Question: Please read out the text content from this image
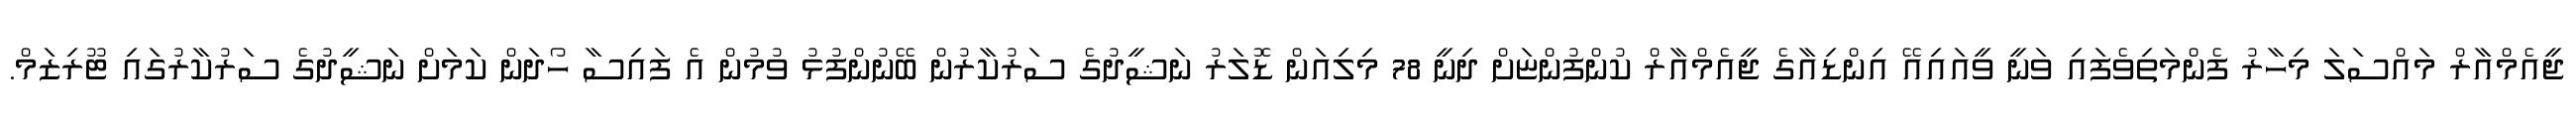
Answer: ޖީއެމްއާރް މައްސަލަ މިހާރު ފެންމަތިވެފައި ވަނީ ވީއައިއޭ އިންޑިއާގެ ޖީއެމްއާރް ކުންފުންޏަށް ދިނީ 78 މިލިއަން ޑޮލަރު ނަޝީދުގެ ސަރުކާރުން ބޭނުންފުޅު ވުމުން އެ ފައިސާ ހޯދަން ކަމަށް ނަޝީދުގެ ސަރުކާރުގައި ޓޫރިޒަމް.